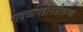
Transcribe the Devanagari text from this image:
रावळपिंडीनजीकच्या